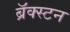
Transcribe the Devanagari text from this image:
ब्रॅक्स्टन